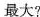
最大?